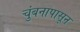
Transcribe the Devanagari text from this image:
चुंबनापासून